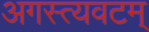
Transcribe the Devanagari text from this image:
अगस्त्यवटम्